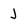
Character: J